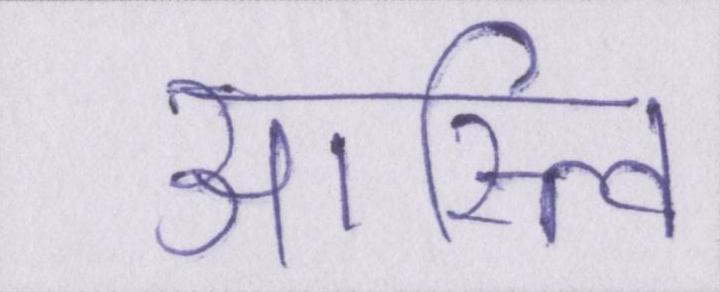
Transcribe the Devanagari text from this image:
अस्त्वि